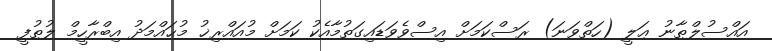
އައްސުލްޠާނު ޢަލީ (ހަތްވަނަ) ރަސްކަމަށް އިސްވެވަޑައިގަތުމާއެކު ކަމަށް މުއައްރިޚު މުޙައްމަދު އިބްރާހީމް ލުޠުފީ